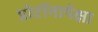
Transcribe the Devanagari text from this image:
प्रोटॉनापेक्षा